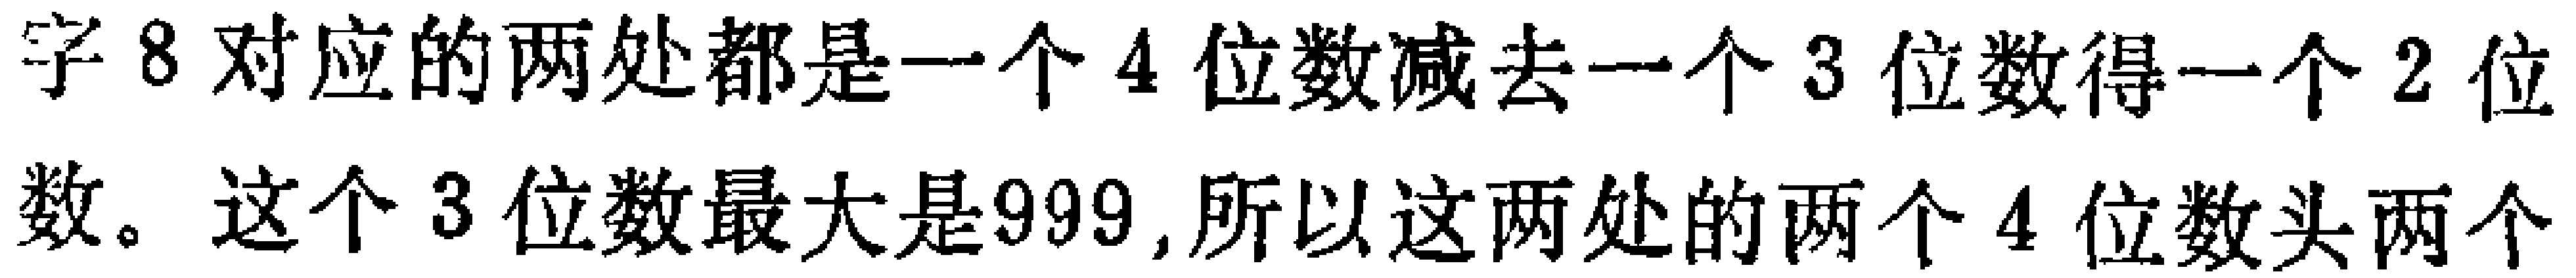
字8对应的两处都是一个4位数减去一个3位数得一个2位数。这个3位数最大是999,所以这两处的两个4位数头两个